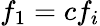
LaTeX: f_{1}=cf_{i}